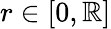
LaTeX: r\in[0,\mathbb{R}]